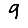
Digit: 9